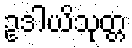
ဥဒါယိသုတ္တ